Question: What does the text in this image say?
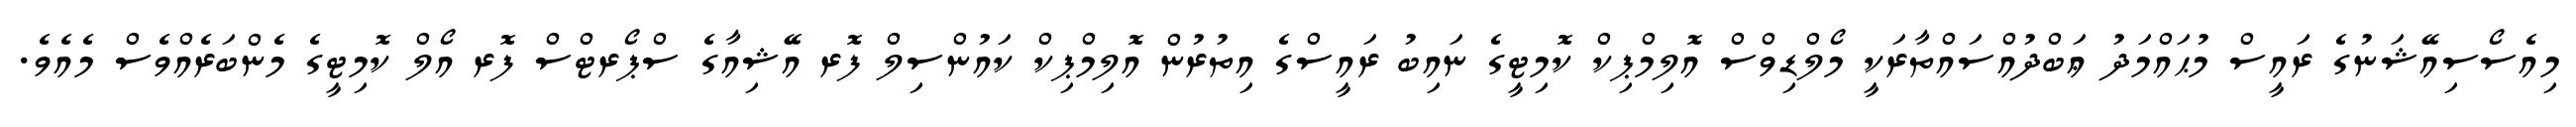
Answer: މިއެސޯސިއޭޝަނުގެ ރައީސް މުޙައްމަދު ޢަބްދުއްސައްތާރަކީ މޯލްޑިވްސް އޮލިމްޕިކް ކޮމިޓީގެ ނައިބު ރައީސްގެ އިތުރުން އޮލިމްޕިކް ކައުންސިލް ފޮރ އޭޝިއާގެ ސްޕޯރޓްސް ފޮރ އޯލް ކޮމިޓީގެ މެންބަރެއްވެސް މެއެވެ.